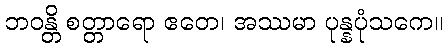
ဘဝန္တိ စတ္တာရော ဧတေ၊ အဿမာ ပုန္နပုံသကေ။